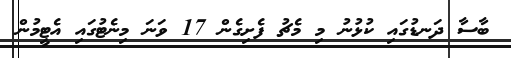
ބާސާ ދަނޑުގައި ކުޅުނު މި މެޗު ފެށިގެން 17 ވަނަ މިނެޓުގައި އެޓީމުން